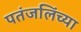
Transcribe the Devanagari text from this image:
पतंजलिंच्या